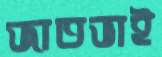
জাতভাই